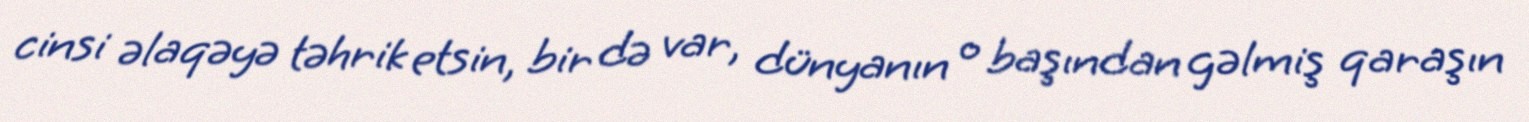
cinsi əlaqəyə təhrik etsin, bir də var, dünyanın o başından gəlmiş qaraşın